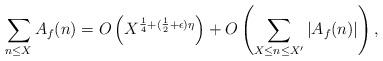
LaTeX: \begin{align*} \sum_{n \leq X} A_f(n) = O\left(X^{\frac{1}{4}+(\frac{1}{2}+\epsilon)\eta}\right)+O\left(\sum_{X \leq n\leq X'} |A_f(n)| \right), \end{align*}